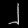
Digit: ၂